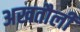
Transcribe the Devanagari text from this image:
अखतौली